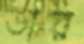
ডার